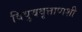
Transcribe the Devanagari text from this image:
विषुववृत्तापाशी